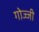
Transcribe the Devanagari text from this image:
गोज्जी